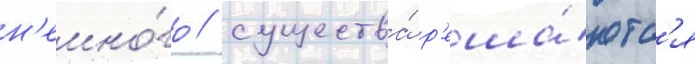
н'емно́го / существа́ р'еша́ютс'я